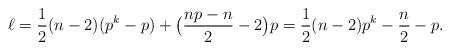
LaTeX: \begin{align*} \ell & = \frac{1}{2}(n-2)(p^k - p) + \big(\frac{np-n}{2} - 2\big)p = \frac{1}{2}(n-2)p^k - \frac{n}{2} - p. \end{align*}